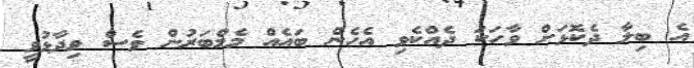
އެ ބިލާ ދެކޮޅަށް ވާހަކަ ދެއްކެވި އެހެން ބައެއް މެމްބަރުން ވެސް ވިދާޅުވީ